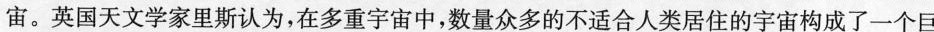
宙。英国天文学家里斯认为，在多重宇宙中，数量众多的不适合人类居住的宇宙构成了一个巨